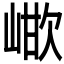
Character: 𭖳